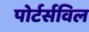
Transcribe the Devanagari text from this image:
पोर्टर्सविल